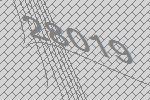
28019